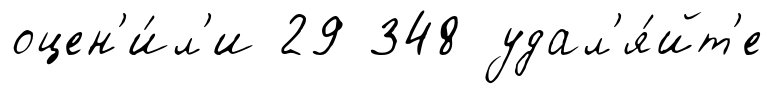
оцен'и́л'и 29 348 удал'я́йт'е